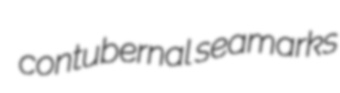
contubernal seamarks